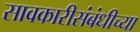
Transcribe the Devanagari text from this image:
सावकारीसंबंधीच्या